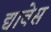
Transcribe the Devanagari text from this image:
द्यावेस